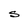
Character: S